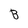
Character: B